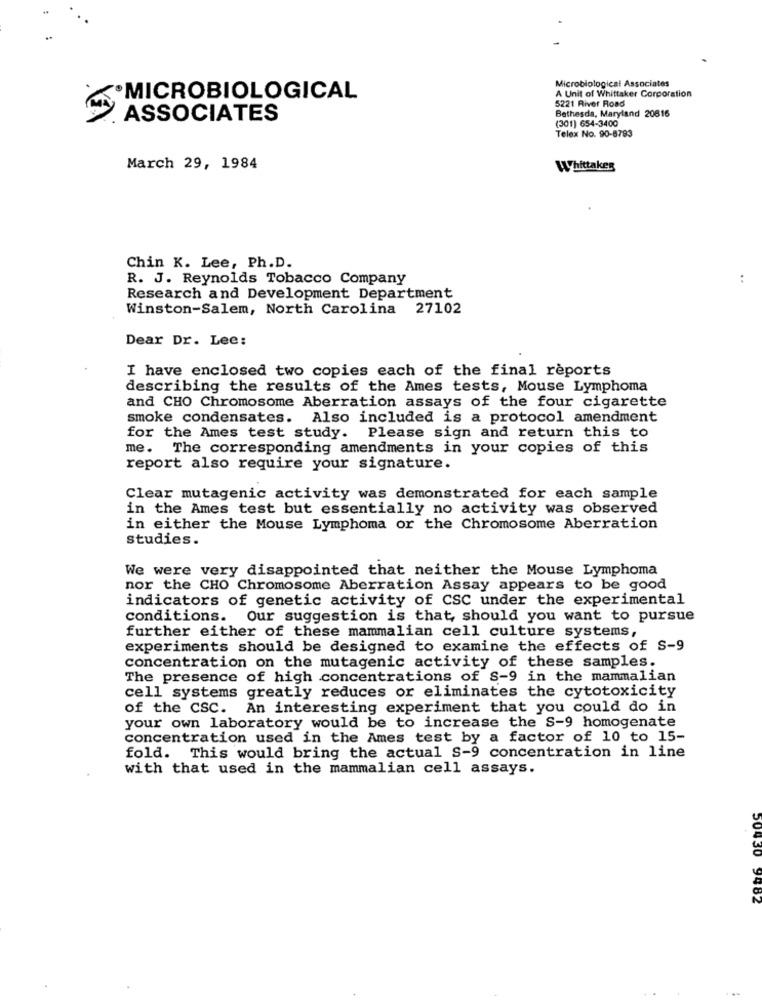
Microbiological Associates
A Unit of Whittaker Corporation
MICROBIOLOGICAL
5221 River Road
Bethesda, Maryland 20616
ASSOCIATES
(301) 654-3400
Telex No. 90-8783
March 29, 1984
Whittaker
Chin K. Lee, Ph.D.
R. J. Reynolds Tobacco Company
..
Research and Development Department
Winston-Salem, North Carolina 27102
Dear Dr. Lee:
I have enclosed two copies each of the final reports
describing the results of the Ames tests, Mouse Lymphoma
and CHO Chromosome Aberration assays of the four cigarette
smoke condensates. Also included is a protocol amendment
for the Ames test study. Please sign and return this to
me. The corresponding amendments in your copies of this
report also require your signature.
Clear mutagenic activity was demonstrated for each sample
in the Ames test but essentially no activity was observed
in either the Mouse Lymphoma or the Chromosome Aberration
studies.
We were very disappointed that neither the Mouse Lymphoma
nor the CHO Chromosome Aberration Assay appears to be good
indicators of genetic activity of CSC under the experimental
conditions.
Our suggestion is that should you want to pursue
further either of these mammalian cell culture systems,
experiments should be designed to examine the effects of S-9
concentration on the mutagenic activity of these samples.
The presence of high concentrations of S-9 in the mammalian
cell systems greatly reduces or eliminates the cytotoxicity
of the CSC. An interesting experiment that you could do in
your own laboratory would be to increase the S-9 homogenate
concentration used in the Ames test by a factor of 10 to 15-
fold. This would bring the actual S-9 concentration in line
with that used in the mammalian cell assays.
9462